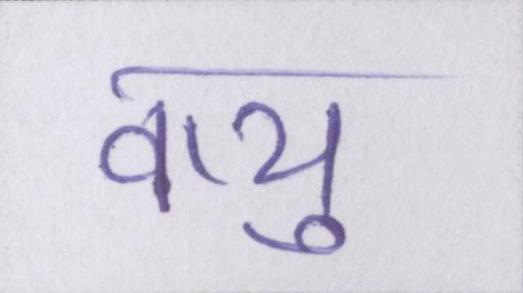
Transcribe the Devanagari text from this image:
वायु